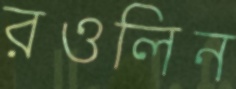
রওলিন